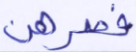
فصرهن